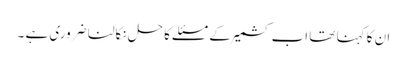
ان کا کہنا تھا اب کشمیر کے مسئلے کا حل نکالنا ضروری ہے ۔